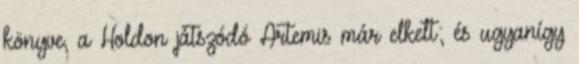
könyve, a Holdon játszódó Artemis már elkelt; és ugyanígy